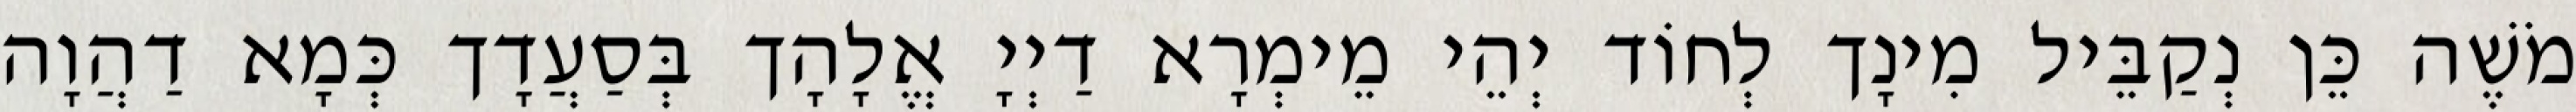
מֹשֶׁה כֵּן נְקַבֵּיל מִינָך לְחוֹד יְהֵי מֵימְרָא דַיְיָ אֱלָהָך בְּסַעֲדָך כְּמָא דַהֲוָה